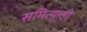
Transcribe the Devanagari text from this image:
समित्याही